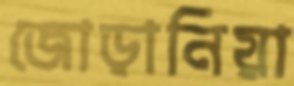
জোড়ানিয়া